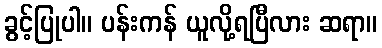
ခွင့်ပြုပါ။ ပန်းကန် ယူလို့ရပြီလား ဆရာ။